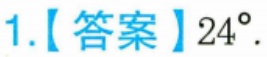
1.【答案】\(24^{\circ}\).